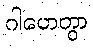
ဂါဟေတွာ